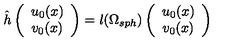
\hat { h } \left( \begin{array} { c } { u _ { 0 } ( x ) } \\ { v _ { 0 } ( x ) } \\ \end{array} \right) = l ( \Omega _ { s p h } ) \left( \begin{array} { c } { u _ { 0 } ( x ) } \\ { v _ { 0 } ( x ) } \\ \end{array} \right)